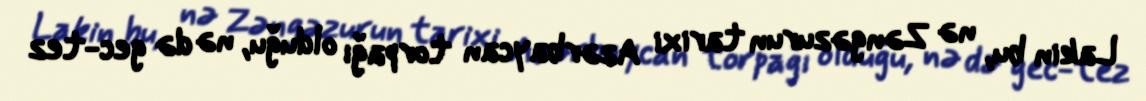
Lakin bu, nə Zəngəzurun tarixi Azərbaycan torpağı olduğu, nə də gec-tez